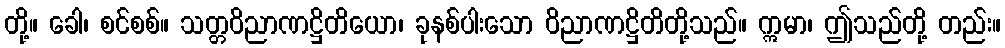
တို့။ ခေါ၊ စင်စစ်။ သတ္တဝိညာဏဋ္ဌိတိယော၊ ခုနစ်ပါးသော ဝိညာဏဋ္ဌိတိတို့သည်။ ဣမာ၊ ဤသည်တို့ တည်း။